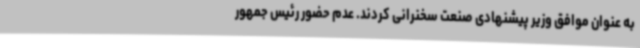
به عنوان موافق وزیر پیشنهادی صنعت سخنرانی کردند. عدم حضور رئیس جمهور